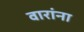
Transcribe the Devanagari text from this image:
वारांना